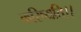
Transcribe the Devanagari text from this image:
करिष्यति।।